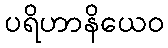
ပရိဟာနိယေဝ